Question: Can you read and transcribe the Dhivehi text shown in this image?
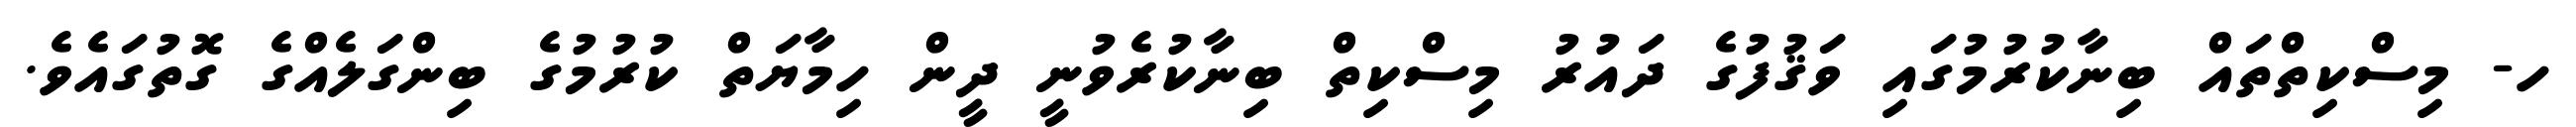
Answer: ހ- މިސްކިތްތައް ބިނާކުރުމުގައި ވަޤުފުގެ ދައުރު މިސްކިތް ބިނާކުރެވުނީ ދީން ހިމާޔަތް ކުރުމުގެ ބިންގަލެއްގެ ގޮތުގައެވެ.